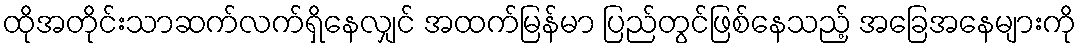
ထိုအတိုင်းသာဆက်လက်ရှိနေလျှင် အထက်မြန်မာ ပြည်တွင်ဖြစ်နေသည့် အခြေအနေများကို